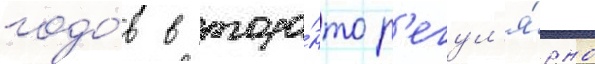
годо́в в торо́нто р'егул'я́рно